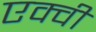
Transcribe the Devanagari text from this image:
एक्वी